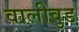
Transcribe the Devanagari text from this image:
वालीवुड